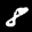
Label: 8